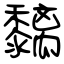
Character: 黐